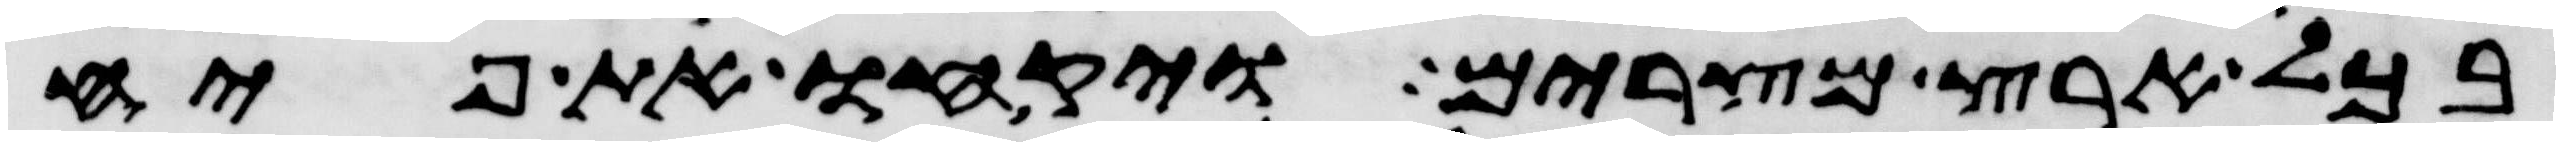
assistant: בכל ארץ מצרים ויקחו את פיח